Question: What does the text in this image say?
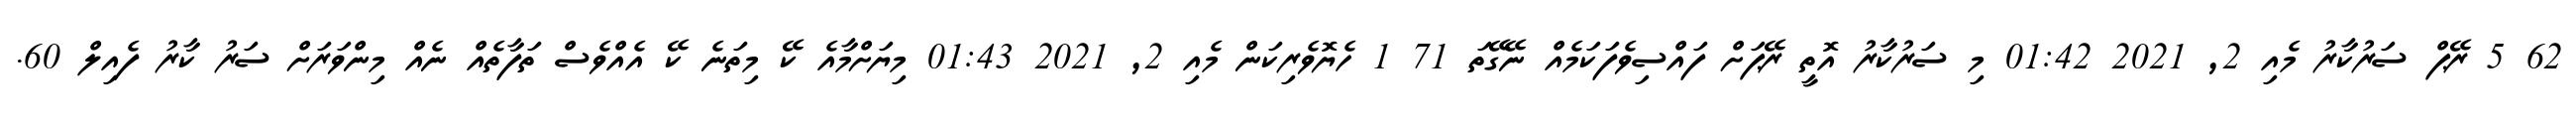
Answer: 62 5 ރޭޕް ސަރުކާރު މެއި 2, 2021 01:42 މި ސަރުކާރު އޮތީ ރޭޕަށް ފައްސިވެފަކަމެއް ނޭގޭތަ 71 1 ހެޔޮވެރިކަން މެއި 2, 2021 01:43 މިޔަށްމާއެ ކޭ މިތަނެ ކޭ އެއްވެސް ތަފާތެއް ނެއް މިންވަރަށް ސަރު ކާރު ފެއިލް 60.